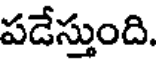
పడేస్తుంది.